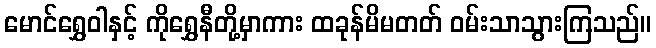
မောင်ရွှေဝါနှင့် ကိုရွှေနီတို့မှာကား ထခုန်မိမတတ် ဝမ်းသာသွားကြသည်။